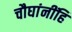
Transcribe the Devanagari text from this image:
चौघांनींहि